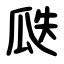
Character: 瓞